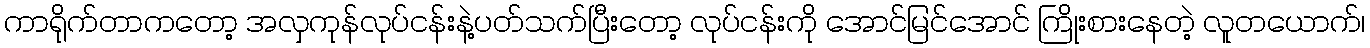
ကာရိုက်တာကတော့ အလှကုန်လုပ်ငန်းနဲ့ပတ်သက်ပြီးတော့ လုပ်ငန်းကို အောင်မြင်အောင် ကြိုးစားနေတဲ့ လူတယောက်၊